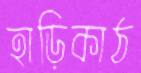
হাড়িকাঠ